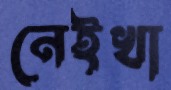
নেইখা